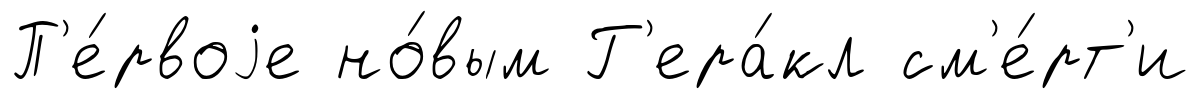
П'е́рвоjе но́вым Г'ера́кл см'е́рт'и